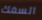
السمك